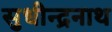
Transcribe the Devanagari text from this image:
सुधीन्द्रनाथ